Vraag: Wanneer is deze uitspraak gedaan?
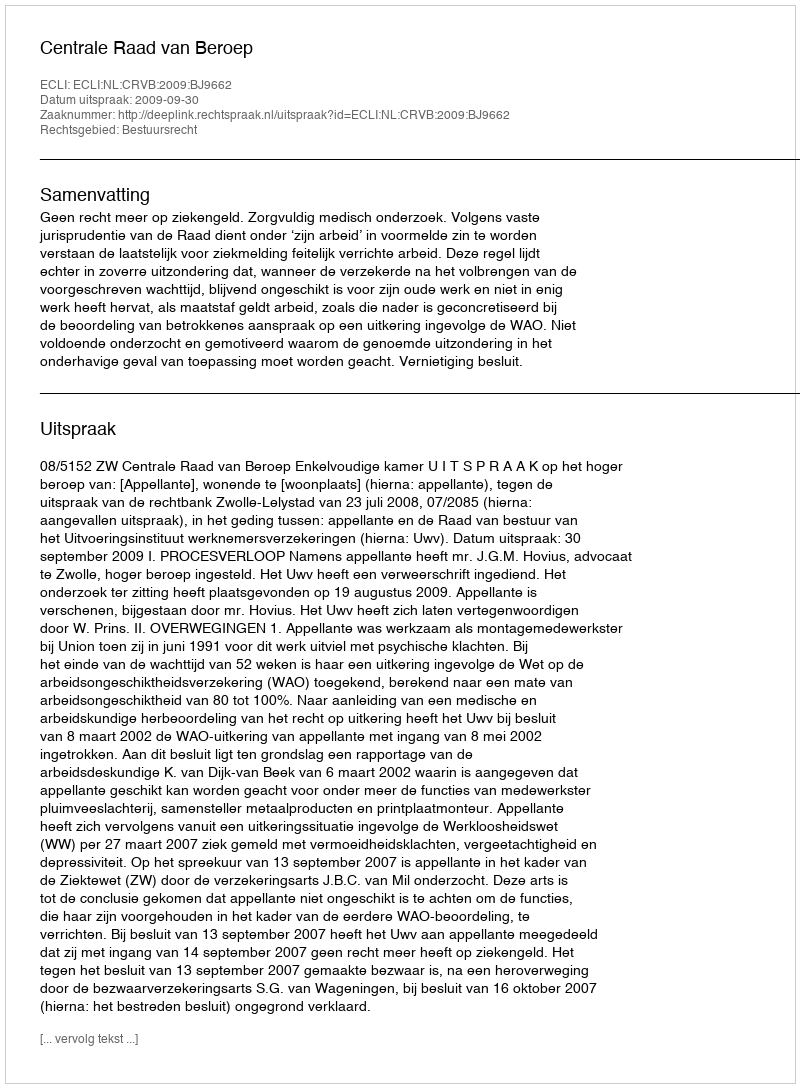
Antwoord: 2009-09-30